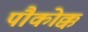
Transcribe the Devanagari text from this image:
पौकोक्क